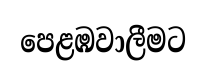
පෙළඹවාලීමට